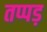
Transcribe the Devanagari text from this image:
तप्पड़